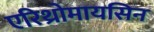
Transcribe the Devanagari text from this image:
एरिथ्रोमायसिन